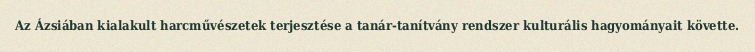
Az Ázsiában kialakult harcművészetek terjesztése a tanár-tanítvány rendszer kulturális hagyományait követte.